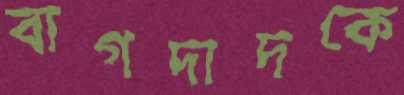
বাগদাদকে